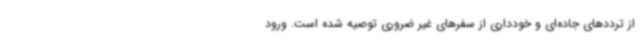
از ترددهای جاده‌ای و خودداری از سفرهای غیر ضروری توصیه شده است. ورود